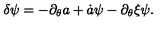
\delta \psi = - \partial _ { \theta } a + \dot { a } \psi - \partial _ { \theta } \xi \psi .